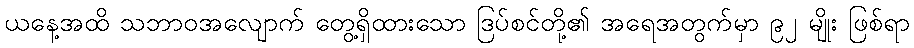
ယနေ့အထိ သဘာဝအလျောက် တွေ့ရှိထားသော ဒြပ်စင်တို့၏ အရေအတွက်မှာ ၉၂ မျိုး ဖြစ်ရာ